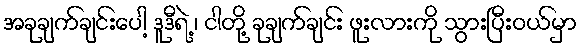
အခုချက်ချင်းပေါ့ ဒူဒီရဲ့ ၊ ငါတို့ ခုချက်ချင်း ဖူးလားကို သွားပြီးဝယ်မှာ